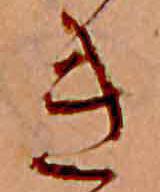
き